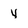
Character: y